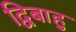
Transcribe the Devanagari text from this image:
द्विबाहु